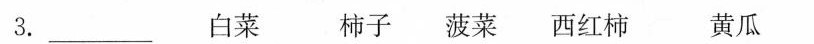
3.___ 白菜 柿子 菠菜 西红柿 黄瓜